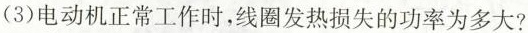
(3)电动机正常工作时，线圈发热损失的功率为多大?